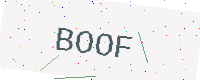
Text: BOOF